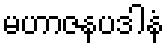
မဟာဇနပဒါနံ